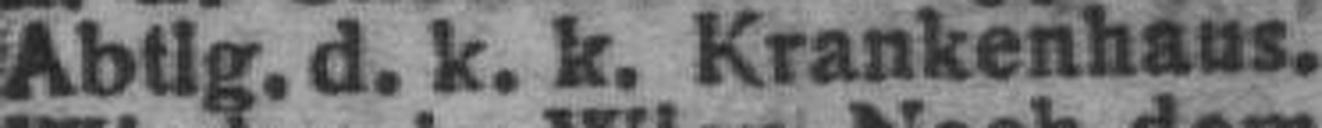
Abtig. d. k. k. Krankenhaus.